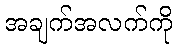
အချက်အလက်ကို